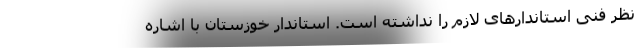
نظر فنی استاندارهای لازم را نداشته است. استاندار خوزستان با اشاره